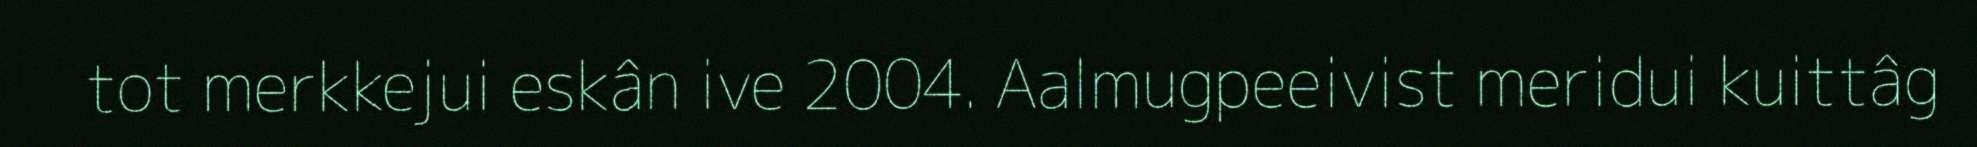
tot merkkejui eskân ive 2004. Aalmugpeeivist meridui kuittâg